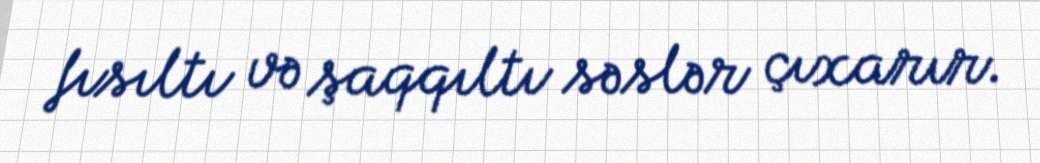
fısıltı və şaqqıltı səslər çıxarır.